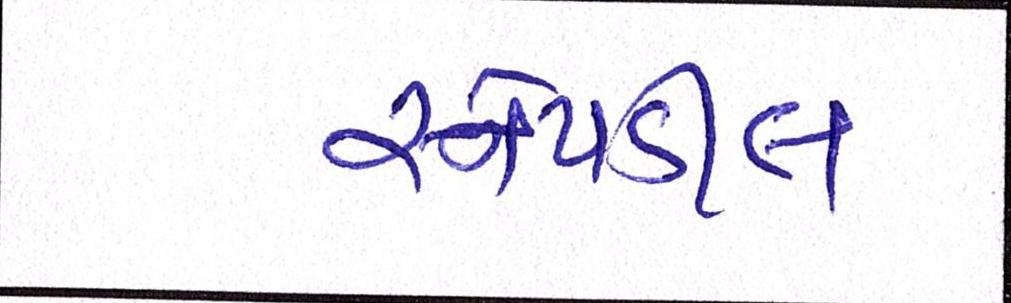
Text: સ્નેપડીલ